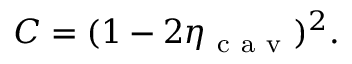
C = ( 1 - 2 \eta _ { \mathrm { ~ c ~ a ~ v ~ } } ) ^ { 2 } .